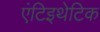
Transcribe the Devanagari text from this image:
एंटिइथेटिक